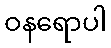
ဝနရောပါ